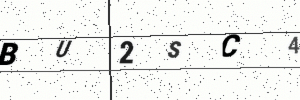
Text: BU2SC4